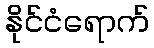
နိုင်ငံရောက်